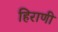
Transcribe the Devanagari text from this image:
हिराणी